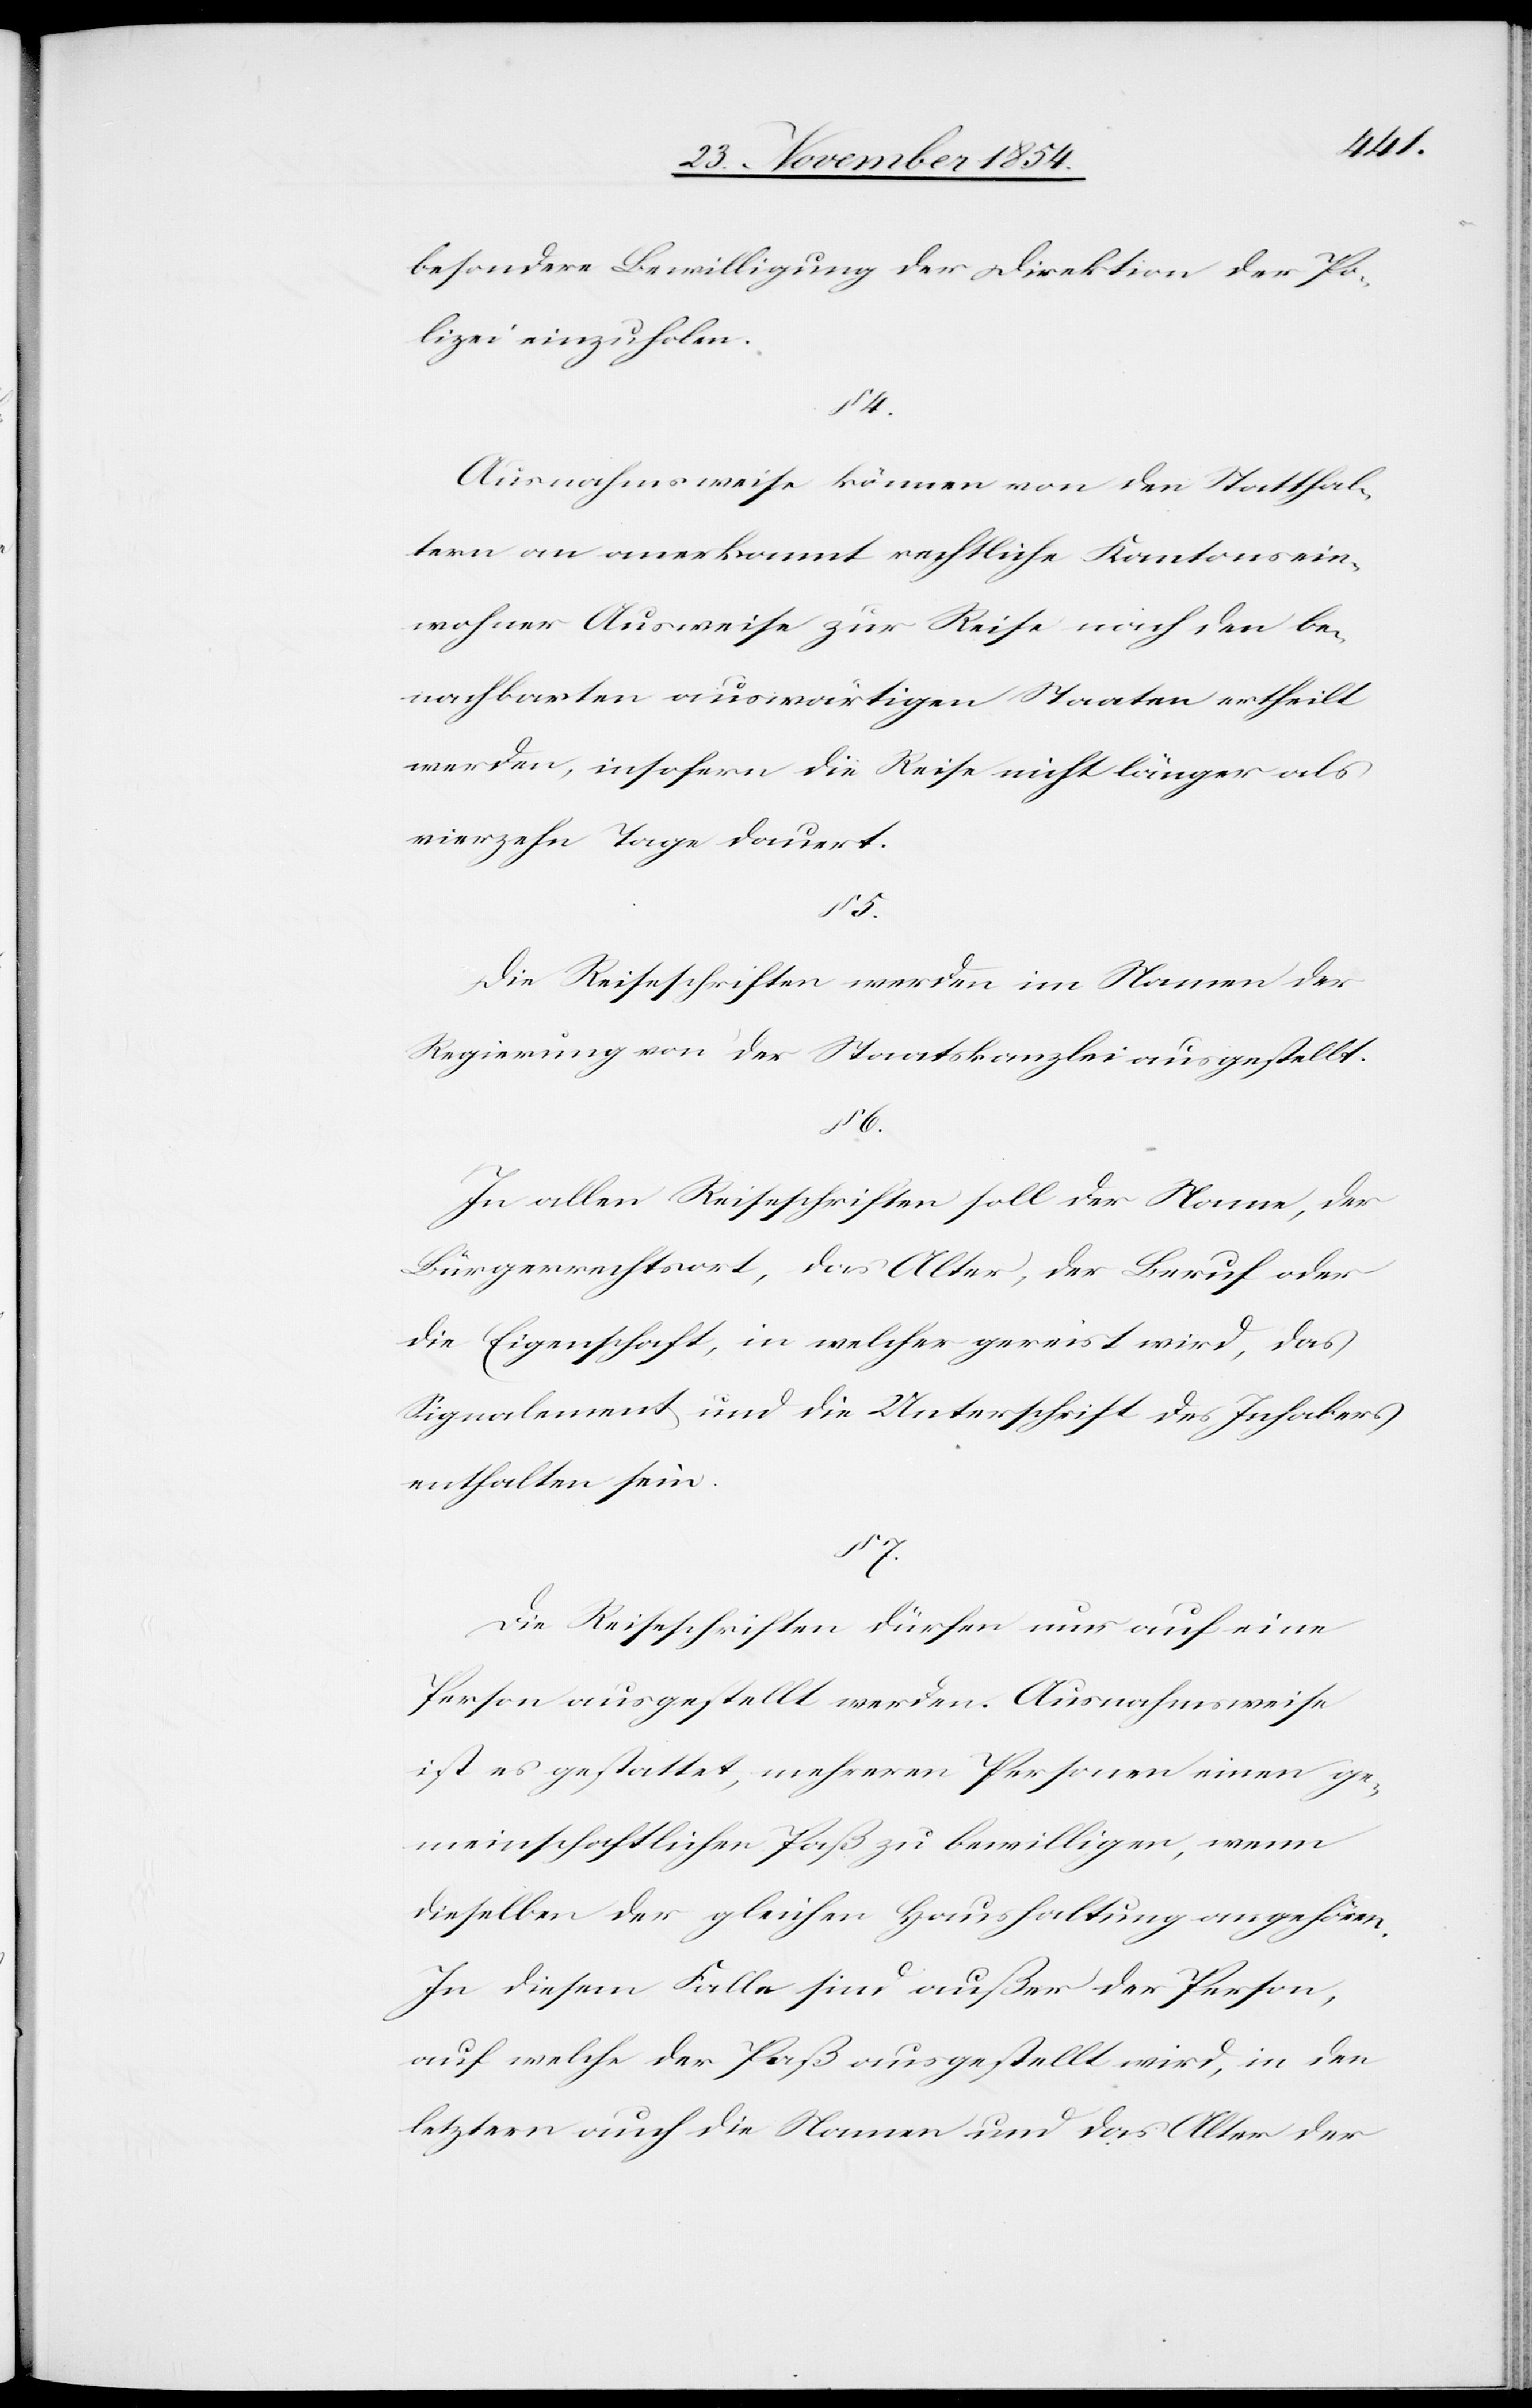
besondere Bewilligung der Direktion der Po¬
lizei einzuholen.
§ 4.
Ausnahmsweise können von den Statthal¬
tern an anerkannt rechtliche Kantonsein¬
wohner Ausweise zur Reise nach den be¬
nachbarten auswärtigen Staaten ertheilt
werden, insofern die Reise nicht länger als
vierzehn Tage dauert.
§ 5.
Die Reiseschriften werden im Namen der
Regierung von der Staatskanzlei ausgestellt.
§ 6.
In allen Reiseschriften soll der Name der
Bürgerrechtsort, das Alter, der Beruf oder
die Eigenschaft, in welcher gereist wird, das
Signalement und die Unterschrift des Inhabers
enthalten sein.
7.
Die Reiseschriften dürfen nur auf eine
Person ausgestellt werden. Ausnahmsweise
ist es gestattet, mehreren Personen einen ge¬
meinschaftlichen Paß zu bewilligen, wenn
dieselben der gleichen Haushaltung angehören.
In diesem Falle sind außer der Person,
auf welche der Paß ausgestellt wird, in den
letztern auch die Namen und das Alter der